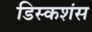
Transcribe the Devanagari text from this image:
डिस्कशंस